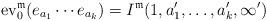
LaTeX: \begin{align*}{\rm ev}_{0}^{\mathfrak{m}}(e_{a_{1}}\cdots e_{a_{k}})=I^{\mathfrak{m}}(1,a_{1}',\dots,a_{k}',\infty')\end{align*}